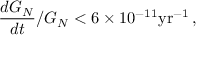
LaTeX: \frac { d G _ { N } } { d t } / G _ { N } < 6 \times 1 0 ^ { - 1 1 } \mathrm { y r } ^ { - 1 } \, ,